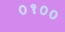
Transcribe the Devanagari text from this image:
०१००